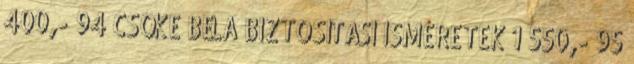
400,- 94 CSŐKE BÉLA BIZTOSÍTÁSI ISMERETEK 1 550,- 95